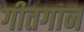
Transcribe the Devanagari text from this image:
गीतगान